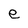
Character: e